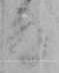
る